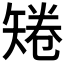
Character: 𥏙